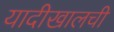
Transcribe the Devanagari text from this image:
यादीखालची